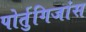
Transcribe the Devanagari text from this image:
पोर्तुगिजांस